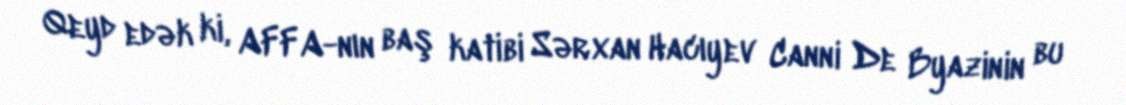
Qeyd edək ki, AFFA-nın baş katibi Sərxan Hacıyev Canni De Byazinin bu